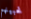
تحبينهم